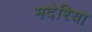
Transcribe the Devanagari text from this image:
मदेरिया